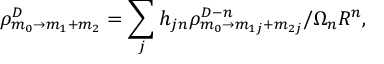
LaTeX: \rho _ { m _ { 0 } \rightarrow m _ { 1 } + m _ { 2 } } ^ { D } = \sum _ { j } h _ { j n } \rho _ { m _ { 0 } \rightarrow m _ { 1 j } + m _ { 2 j } } ^ { D - n } / \Omega _ { n } R ^ { n } ,